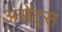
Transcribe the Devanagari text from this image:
असेट्स